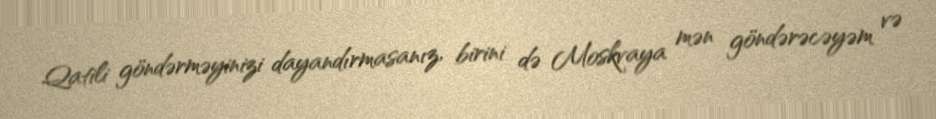
Qatili göndərməyinizi dayandırmasanız, birini də Moskvaya mən göndərəcəyəm və